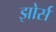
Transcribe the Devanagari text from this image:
झोर्स